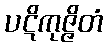
ပဋိကုဇ္ဇိတံ